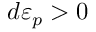
d \varepsilon _ { p } > 0